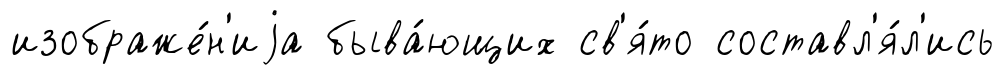
изображе́н'иjа быва́ющих св'я́то составл'я́л'ись